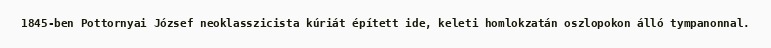
1845-ben Pottornyai József neoklasszicista kúriát épített ide, keleti homlokzatán oszlopokon álló tympanonnal.